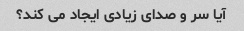
آیا سر و صدای زیادی ایجاد می کند؟